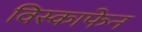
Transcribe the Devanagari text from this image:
विस्काफेन